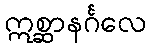
ဣစ္ဆာနင်္ဂလေ